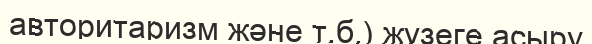
авторитаризм және т.б.) жүзеге асыру